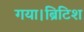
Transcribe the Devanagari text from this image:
गया।ब्रिटिश